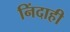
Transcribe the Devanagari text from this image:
निंदाही